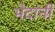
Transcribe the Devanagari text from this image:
भेदांनी